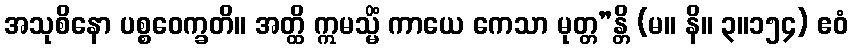
အသုစိနော ပစ္စဝေက္ခတိ။ အတ္ထိ ဣမသ္မိံ ကာယေ ကေသာ မုတ္တ”န္တိ (မ။ နိ။ ၃။၁၅၄) ဧဝံ